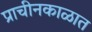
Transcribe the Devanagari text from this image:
प्राचीनकाळात